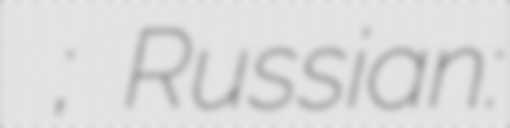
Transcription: Павел Пампуха; Russian: